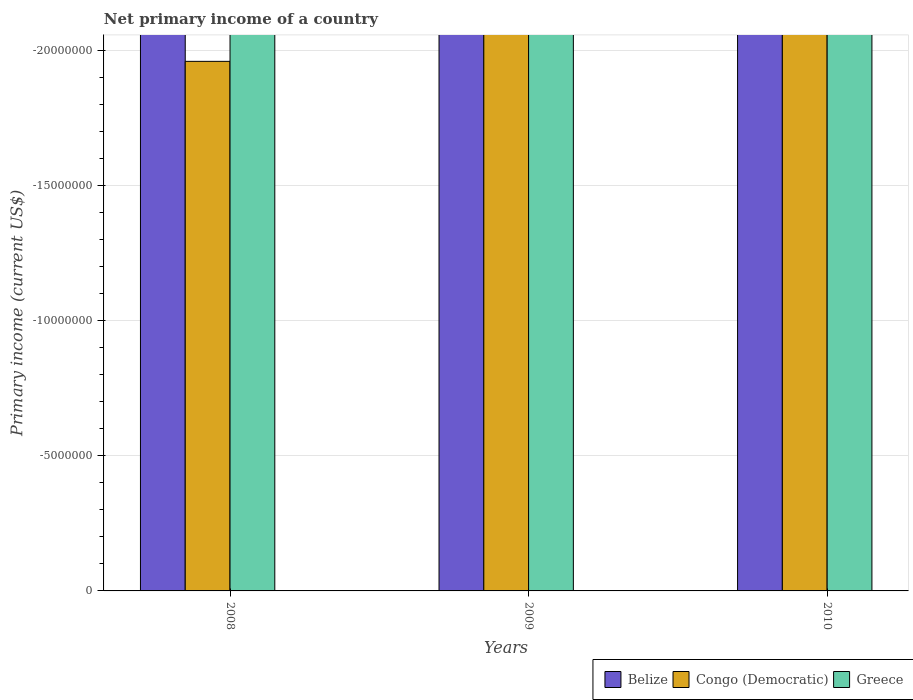
| Years | Belize | Congo (Democratic) | Greece |
 | --- | --- | --- | --- |
 | 2008 | -1.65e+08 | -1.96e+07 | -1.6e+10 |
 | 2009 | -1.08e+08 | -7.79e+08 | -9.5e+09 |
 | 2010 | -1.58e+08 | -1.18e+09 | -7.63e+09 |